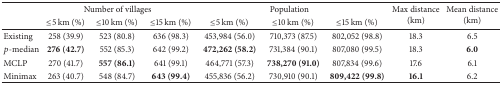
<table><thead><tr><td><b> </b></td><td colspan="3"><b>Number of villages</b></td><td colspan="3"><b>Population</b></td><td rowspan="2"><b>Max distance (km)</b></td><td rowspan="2"><b>Mean distance (km)</b></td></tr><tr><td><b> </b></td><td><b>≤5 km (%)</b></td><td><b>≤10 km (%)</b></td><td><b>≤15 km (%)</b></td><td><b>≤5 km (%)</b></td><td><b>≤10 km (%)</b></td><td><b>≤15 km (%)</b></td></tr></thead><tbody><tr><td>Existing</td><td>258 (39.9)</td><td>523 (80.8)</td><td>636 (98.3)</td><td>453,984 (56.0)</td><td>710,373 (87.5)</td><td>802,052 (98.8)</td><td>18.3</td><td>6.5</td></tr><tr><td><i>p</i>-median</td><td><b>276 (42.7)</b></td><td>552 (85.3)</td><td>642 (99.2)</td><td><b>472,262 (58.2)</b></td><td>731,384 (90.1)</td><td>807,080 (99.5)</td><td>18.3</td><td><b>6.0</b></td></tr><tr><td>MCLP</td><td>270 (41.7)</td><td><b>557 (86.1)</b></td><td>641 (99.1)</td><td>464,771 (57.3)</td><td><b>738,270 (91.0)</b></td><td>807,834 (99.6)</td><td>17.6</td><td>6.1</td></tr><tr><td>Minimax</td><td>263 (40.7)</td><td>548 (84.7)</td><td><b>643 (99.4)</b></td><td>455,836 (56.2)</td><td>730,910 (90.1)</td><td><b>809,422 (99.8)</b></td><td><b>16.1</b></td><td>6.2</td></tr></tbody></table>